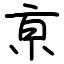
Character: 亰